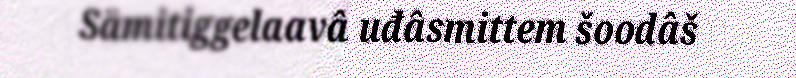
Sämitiggelaavâ uđâsmittem šoodâš